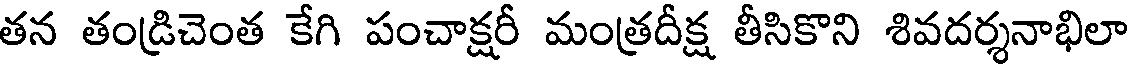
తన తండ్రిచెంత కేగి పంచాక్షరీ మంత్రదీక్ష తీసికొని శివదర్శనాభిలా